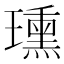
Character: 𤪠